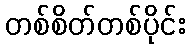
တစ်စိတ်တစ်ပိုင်း